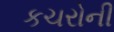
કચરોની